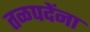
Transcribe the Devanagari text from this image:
तळपदेंना